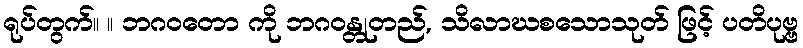
ရုပ်တွက်။ ။ ဘဂဝတော ကို ဘဂဝန္တုတည်, သိလာဃစသောသုတ် ဖြင့် ပတိပုဗ္ဗ